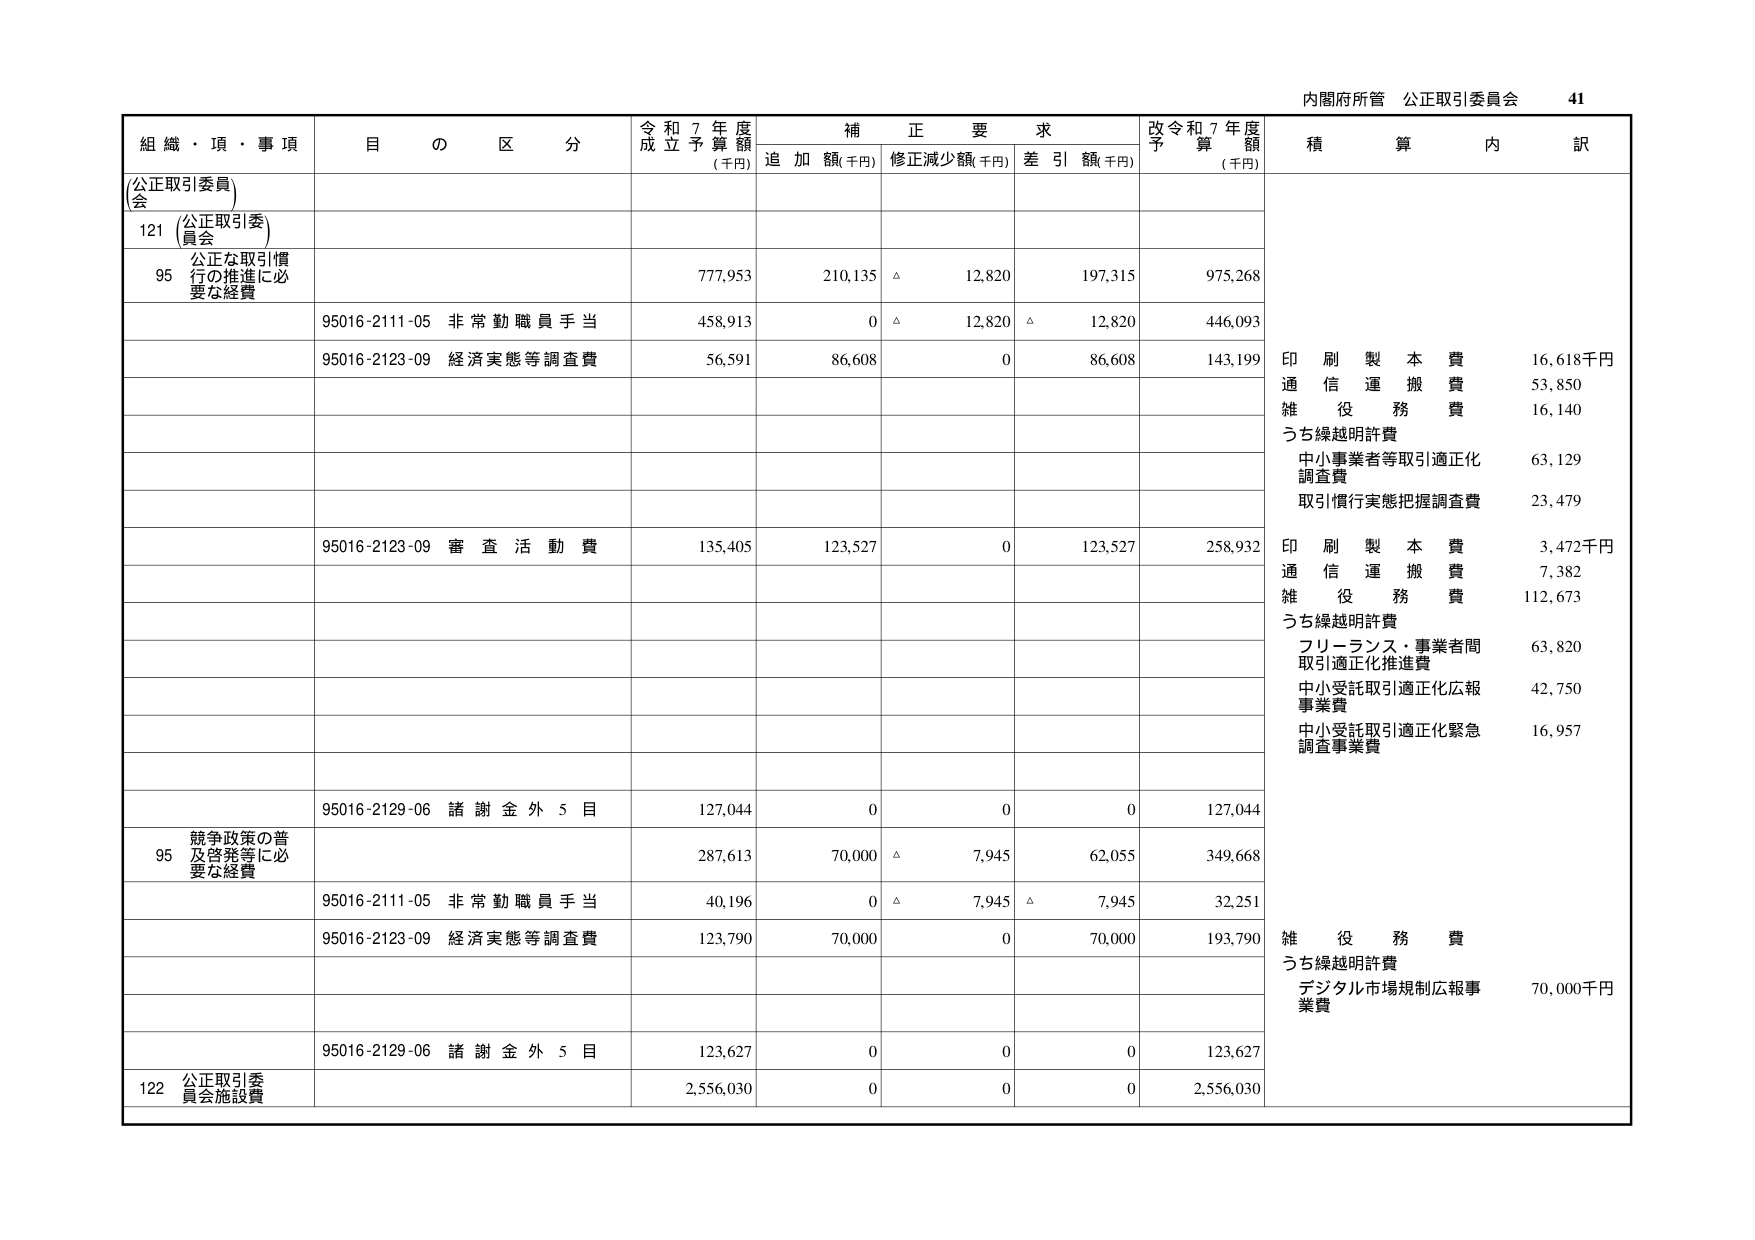
内閣府所管 公正取引委員会 41

組織・項・事項 目の区分 令和7年度成立予算額(千円) 補正要求 追加額(千円) 修正減少額(千円) 差引額(千円) 改令和7年度予算額(千円) 積算内訳

(公正取引委員会)

121 (公正取引委員会)

95 公正な取引慣行の推進に必要な経費 777,953 210,135 △ 12,820 197,315 975,268

95016-2111-05 非常勤職員手当 458,913 0 △ 12,820 △ 12,820 446,093

95016-2123-09 経済実態等調査費 56,591 86,608 0 86,608 143,199

印刷製本費 16,618千円
通信運搬費 53,850
雑役務費 16,140
うち繰越明許費
中小事業者等取引適正化調査費 63,129
取引慣行実態把握調査費 23,479

95016-2123-09 審査活動費 135,405 123,527 0 123,527 258,932

印刷製本費 3,472千円
通信運搬費 7,382
雑役務費 112,673
うち繰越明許費
フリーランス・事業者間取引適正化推進費 63,820
中小受託取引適正化広報事業費 42,750
中小受託取引適正化緊急調査事業費 16,957

95016-2129-06 諸謝金外5目 127,044 0 0 0 127,044

95 競争政策の普及啓発等に必要な経費 287,613 70,000 △ 7,945 62,055 349,668

95016-2111-05 非常勤職員手当 40,196 0 △ 7,945 △ 7,945 32,251

95016-2123-09 経済実態等調査費 123,790 70,000 0 70,000 193,790

雑役務費
うち繰越明許費
デジタル市場規制広報事業費 70,000千円

95016-2129-06 諸謝金外5目 123,627 0 0 0 123,627

122 公正取引委員会施設費 2,556,030 0 0 0 2,556,030